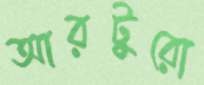
আরটুরো